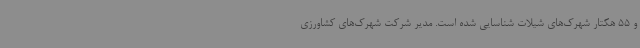
و 55 هکتار شهرک‌های شیلات شناسایی شده است. مدیر شرکت شهرک‌های کشاورزی